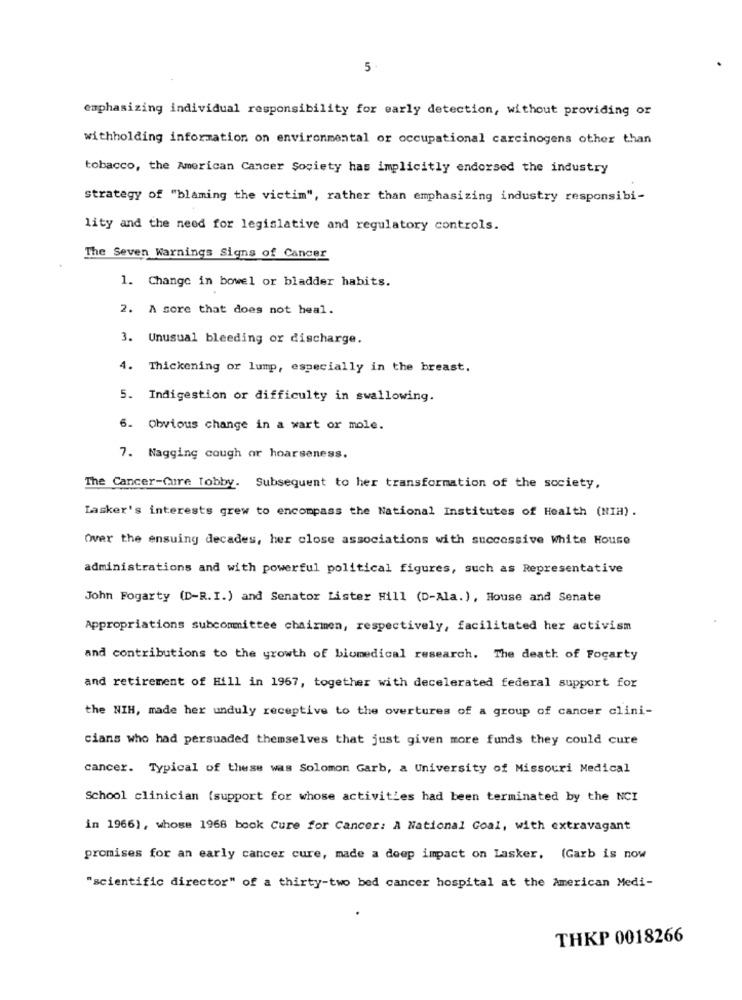
5
emphasizing individual responsibility for early detection, without providing or
withholding information on environmental or occupational carcinogens other than
tobacco, the American Cancer Society has implicitly endorsed the industry
Strategy of "blaming the victim", rather than emphasizing industry responsibi-
lity and the need for legislative and regulatory controls.
The Seven Warnings Signs of Cancer
1. Change in bowel or bladder habits.
2. A sore that does not heal.
3. Unusual bleeding or discharge.
4. Thickening or lump, especially in the breast.
5. Indigestion or difficulty in swallowing.
6. Obvious change in a wart or mole.
7. Nagging cough or hoarseness.
The Cancer-Cure Tobby. Subsequent to her transformation of the society,
Lasker's interests grew to encompass the National Institutes of Health (NIH).
Over the ensuing decades, her close associations with successive White House
administrations and with powerful political figures, such as Representative
John Fogarty (D-R.I.) and Senator Lister Hill (D-Ala.), House and Senate
Appropriations subcommittee chairmen, respectively, facilitated her activism
and contributions to the growth of biomedical research. The death of Focarty
and retirement of Hill in 1967, together with decelerated federal support for
the NIH, made her unduly receptive to the overtures of a group of cancer clini-
cians who had persuaded themselves that just given more funds they could cure
cancer. Typical of these was Solomon Garb, a University of Missouri Medical
School clinician (support for whose activities had been terminated by the NCI
in 1966), whose 1968 book Cure for Cancer: A National Goal, with extravagant
promises for an early cancer cure, made a deep impact on Lasker. (Garb is now
"scientific director" of a thirty-two bed cancer hospital at the American Medi-
THKP 0018266